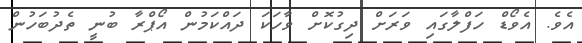
އެވެ. އެވޯޑް ހަފްލާގައި ވަރަށް ދިގުކޮށް ވާހަކަ ދައްކަމުން އޯޕްރާ ބުނީ ތެދުބަހުން